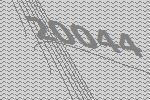
20044